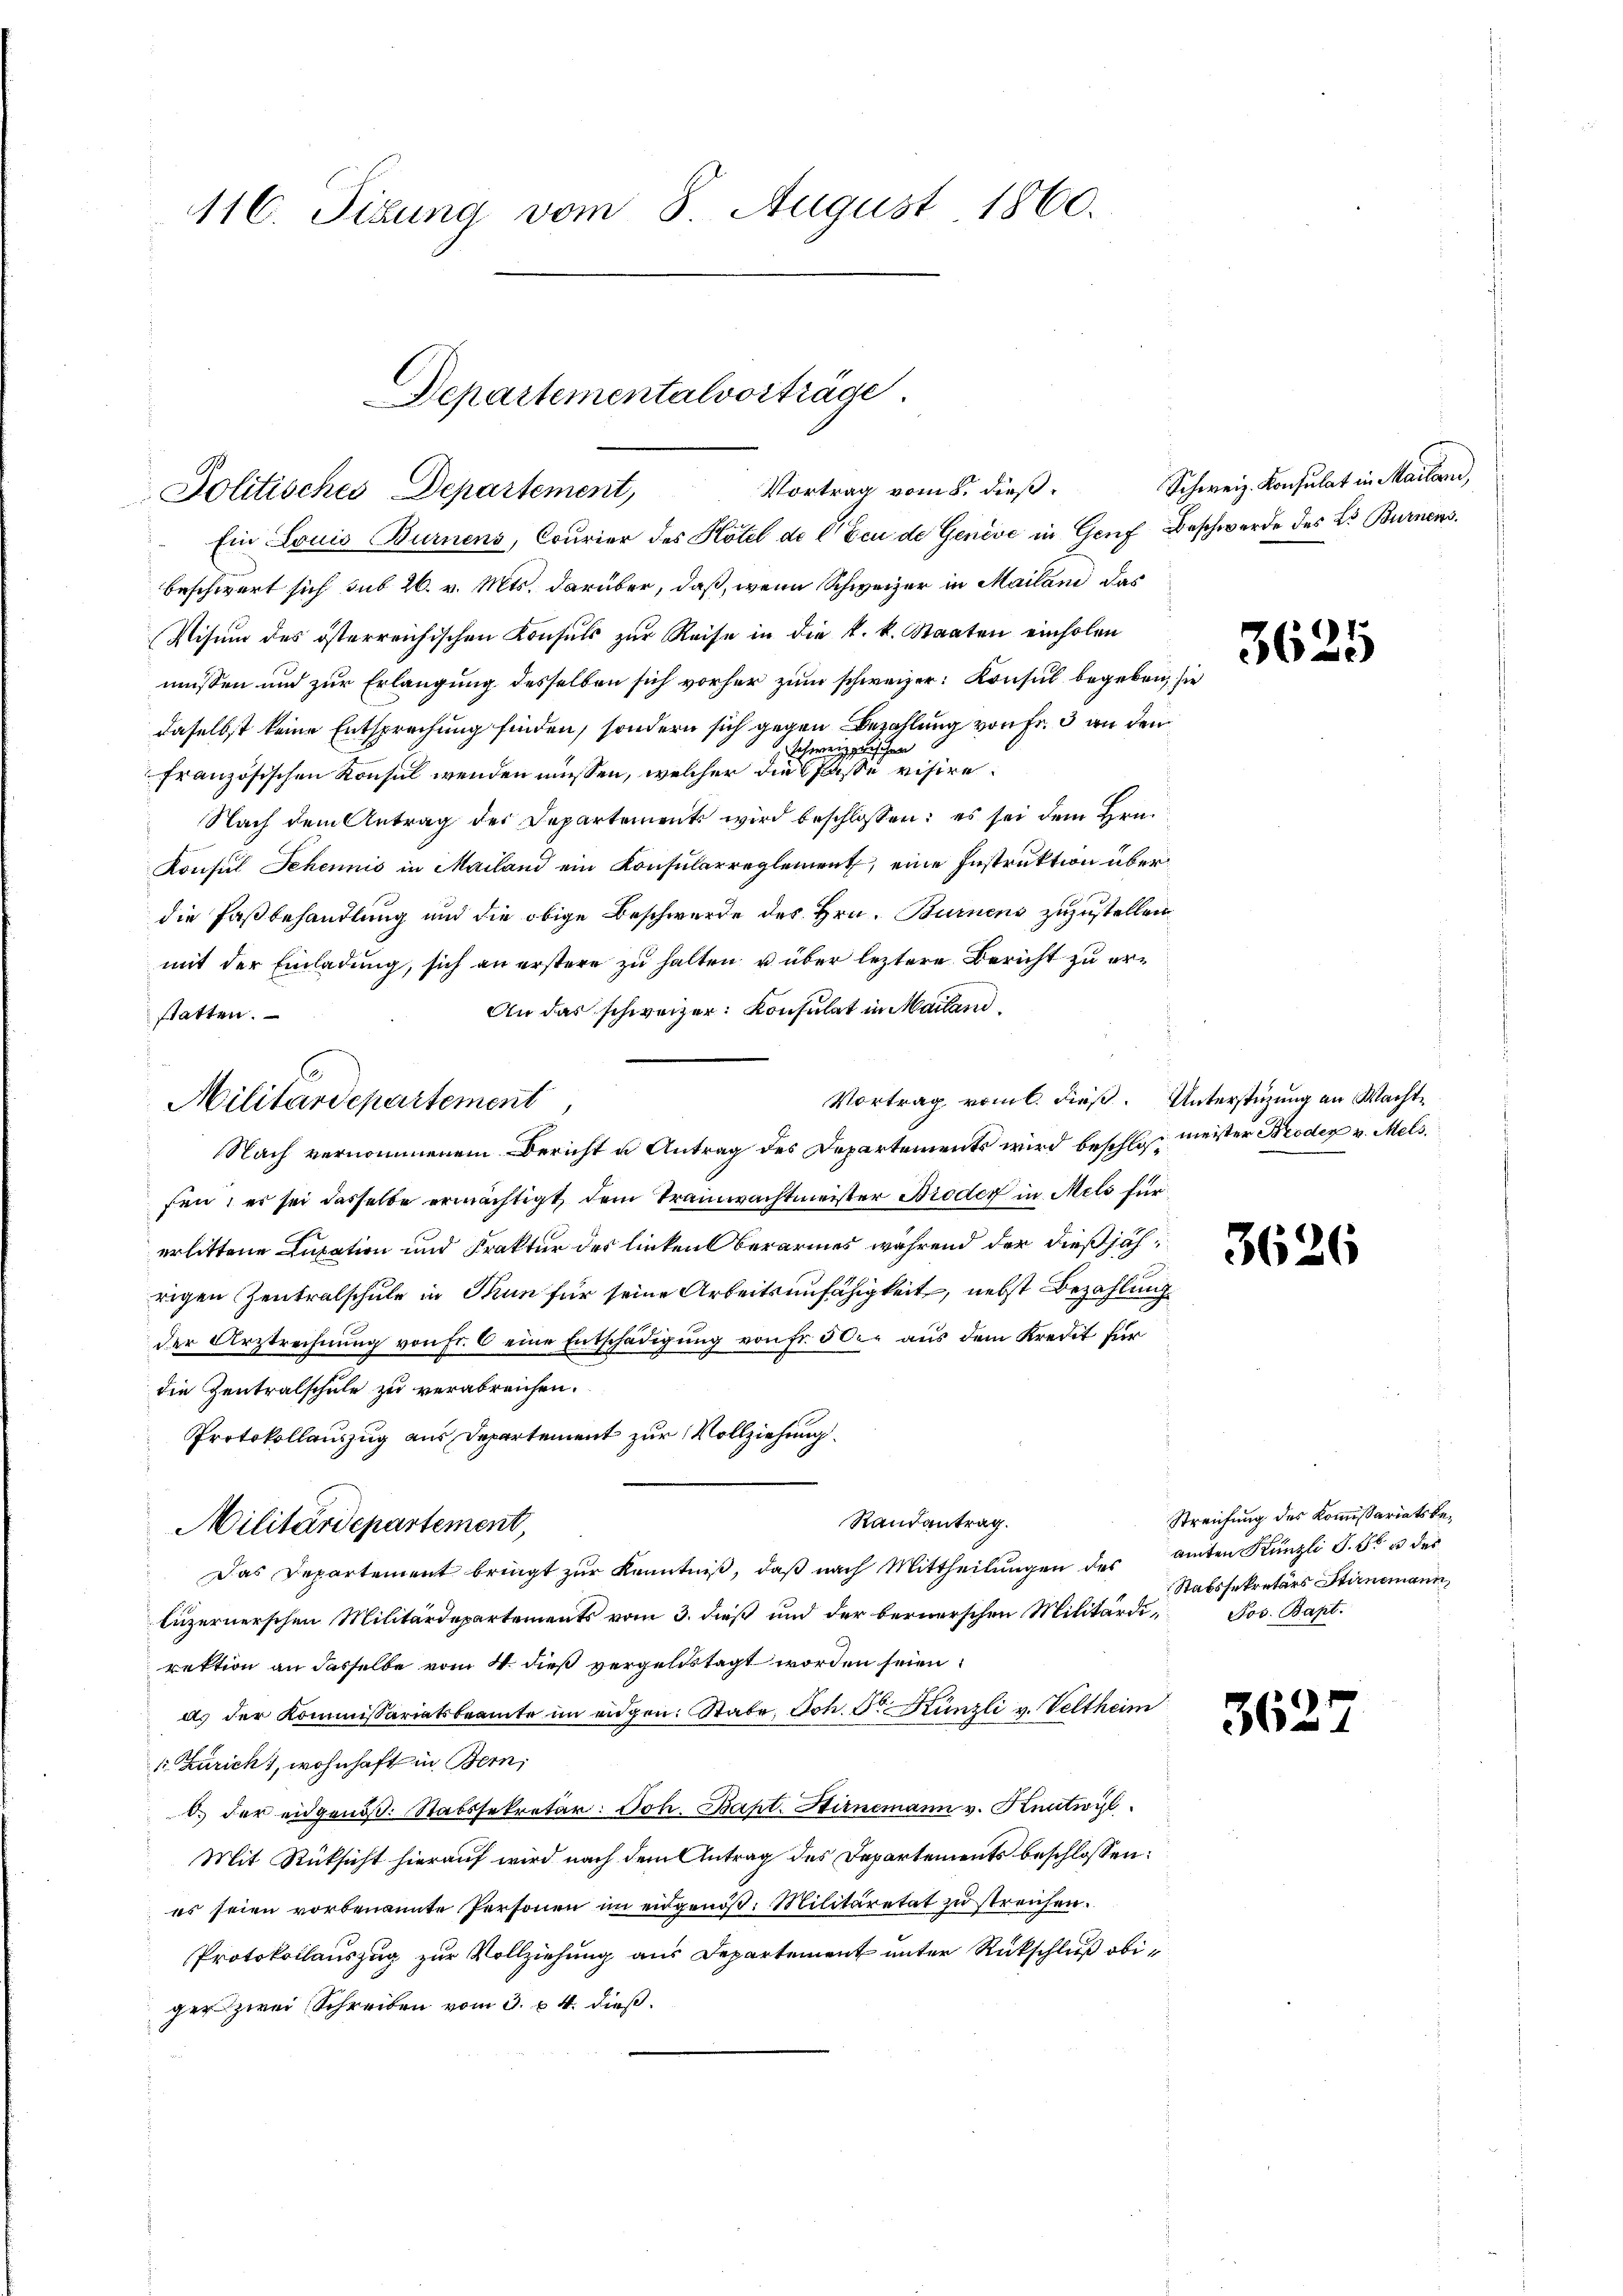
116. Sizung vom 8. August 1860.

Vortrag vom 8. dieß.
Politisches Departement,

Ein Louis Burnens, Courier des Hotel de C Eeu de Genève in Genf Beschwerde des L. Burnens
beschwert sich sub 26. v. Mts. darüber, daß, wenn Schweizer in Mailand das
Visum des österreichischen Konsuls zur Reise in die k. k. Staaten einholen
müssen und zur Erlangung desselben sich vorher zum schweizer: Konsul begeben, sie
daselbst keine Entsprechung finden, sondern sich gegen Bezahlung von Fr. 3 an den
wig
den
eh
französischen Konsul wenden müssen, welcher die fasse visire.
Nach dem Antrag des Departements wird beschlossen: es sei dem Hrn.
Konsul Sehennis in Mailand ein Konsularreglement, eine Instruktion überdie Faßbehandlung und die obige Beschwerde des Hrn. Burnens zuzustellen
mit der Einladung, sich an erstere zu halten u über leztere Bericht zu er¬
An das schweizer: Konsulat in Mailand,
statten.
Vortrag vom 6. dieß. Unterstüzung an Wacht¬
Nach vernommenem Bericht u Antrag des Departements wird beschlos meister Broder v. Mels.
sen; es sei dasselbe ermächtigt, dem Tramwachtmeister Broder in Mels für
erlittene Lupation und Fraktur des linken Oberarmes während der dießjährigen Zentralschule in Thun für seine Arbeitsunfähigkeit, nebst Bezahlung
der Urstrechnung von Fr. 6 eine Entschädigung von Fr. 50. aus dem Kredit für
die Zentralschule zu verabreichen.
Protokollauszug aus Departement zur Vollziehung.
Randantrag.
Militärdepartement,
Das Departement bringt zŭr Kenntniβ, daß nach Mittheilŭngen des amten Künzli S. S. 3 des
luzernerschen Militärdepartements vom 3. dieß und der bernerschen Militärdi- Jos. Bapt.
rektion an dasselbe vom 4. dieß vergeldstagt worden seien
ds der Kommissariatsbeamte im eidgen. Stabe, Joh. Sr Künzli v. Veltheim
1. Züricht, wohnhaft in Bern,
b. der eidgenöß. Stabssekretär: Joh. Bapt. Stirnemann v. Knutwyl
Mit Rücksicht hierauf wird nach dem Antrag des Departements beschlossen:
es seien vorbenannte Personen im eidgenöß. Militäretat zu streichen.
Protokollauszug zur Vollziehung aus Departement unter Rückschluß obigerzwei Schreiben vom 3. v. 4. dieß¬

Militärdepartement

Departementalvorträge

Schweiz. Konsulat in Mailern,

7.
3623

3626

Streichung des Kommissariatsbe¬
Stabssekretärs Stirnemann,

362